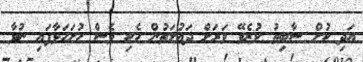
އަދި ކުށް ސާބިތު ކުރެވޭ ވަރަށް ދައުލަތުން ހެކި ވެސް ހުށަހަޅާފައި ނުވާ